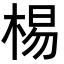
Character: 𣓾